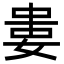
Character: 𡝤